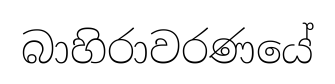
බාහිරාවරණයේ